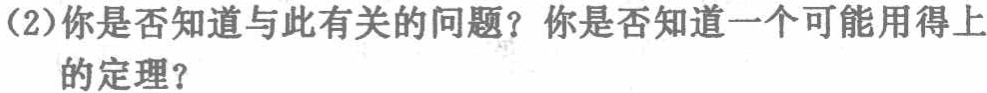
(2)你是否知道与此有关的问题？你是否知道一个可能用得上

的定理？